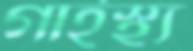
গার্হস্থ্য